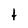
Character: t